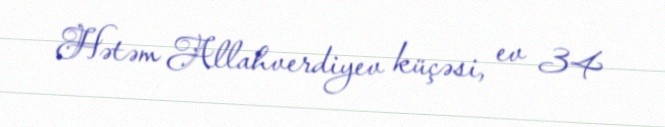
Hətəm Allahverdiyev küçəsi, ev 34